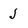
Character: J